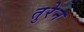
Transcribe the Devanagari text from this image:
तुरेन